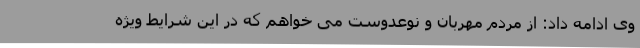
وی ادامه داد: از مردم مهربان و نوعدوست می خواهم که در این شرایط ویژه